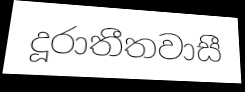
දූරාතීතවාසී